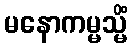
မနောကမ္မသ္မိံ